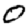
Digit: 0